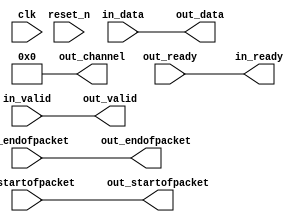
// --------------------------------------------------------------------------------
//| Avalon Streaming Channel Adapter
// --------------------------------------------------------------------------------

`timescale 1ns / 100ps
module soc_system_hps_only_master_p2b_adapter (
    
      // Interface: clk
      input              clk,
      // Interface: reset
      input              reset_n,
      // Interface: in
      output reg         in_ready,
      input              in_valid,
      input      [ 7: 0] in_data,
      input              in_startofpacket,
      input              in_endofpacket,
      // Interface: out
      input              out_ready,
      output reg         out_valid,
      output reg [ 7: 0] out_data,
      output reg         out_startofpacket,
      output reg         out_endofpacket,
      output reg [ 7: 0] out_channel
);


   reg          in_channel = 0;

   // ---------------------------------------------------------------------
   //| Payload Mapping
   // ---------------------------------------------------------------------
   always @* begin
      in_ready = out_ready;
      out_valid = in_valid;
      out_data = in_data;
      out_startofpacket = in_startofpacket;
      out_endofpacket = in_endofpacket;

      out_channel = 0;
      out_channel        = in_channel;
   end

endmodule